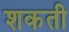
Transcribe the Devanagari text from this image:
शकती